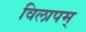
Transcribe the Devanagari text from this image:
विलापम्